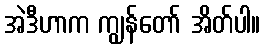
အဲဒီဟာက ကျွန်တော် အိတ်ပါ။